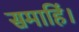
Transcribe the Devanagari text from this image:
समाहिं।